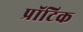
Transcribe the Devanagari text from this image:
प्रॉटिक